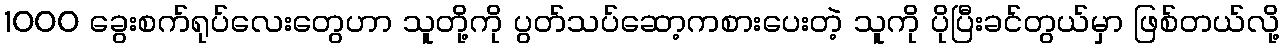
1000 ခွေးစက်ရုပ်လေးတွေဟာ သူတို့ကို ပွတ်သပ်ဆော့ကစားပေးတဲ့ သူကို ပိုပြီးခင်တွယ်မှာ ဖြစ်တယ်လို့